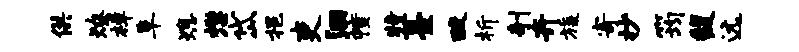
供燎樟阜熄懋岱挹吏洄幢特薹酸析剞卉旒寄抄筠馥远